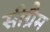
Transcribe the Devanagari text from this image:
सीग्रैम